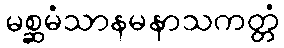
မစ္ဆမံသာနမနာသကတ္တံ